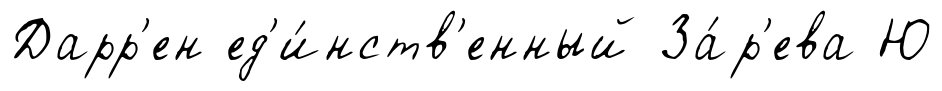
Дарр'ен ед'и́нств'енный За́р'ева Ю